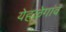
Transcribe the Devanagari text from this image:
येहळेगांव